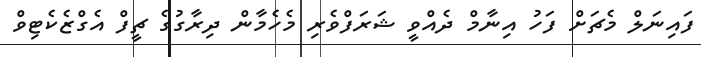
ފައިނަލް މެޗަށް ފަހު އިނާމް ދެއްވީ ޝަރަފްވެރި މެހެމާން ދިރާގުގެ ޗީފް އެގްޒެކެޓިވް